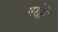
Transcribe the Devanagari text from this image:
मरोरि